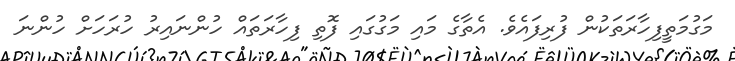
މަގުމަތީފިހާރަތަކުން ފުރިފައެވެ. އެތާގެ މައި މަގުގައި ފޮތި ފިހާރަތައް ހުންނައިރު ހުރަހަށް ހުންނަ